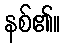
နစ်၏။